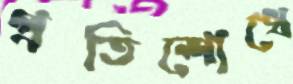
প্রতিশোধে